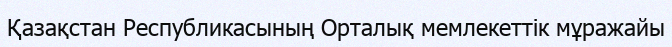
Қазақстан Республикасының Орталық мемлекеттік мұражайы